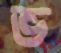
ভ